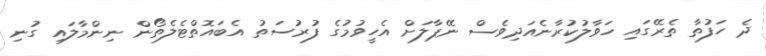
ދެ ހަފުތާ ތެރޭގައި ހަވާލުކުރާނެއަދިވެސް ނޭޕާލަށް އެހީވުމުގެ ފުރުސަތު އެބައޮތްޓެލެތޯން ނިންމާލައި ގުނި